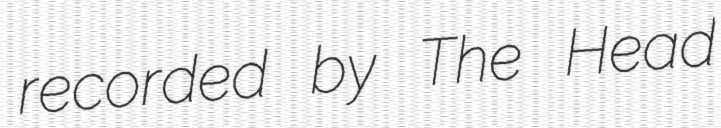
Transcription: recorded by The Head